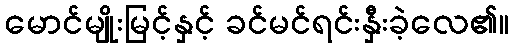
မောင်မျိုးမြင့်နှင့် ခင်မင်ရင်းနှီးခဲ့လေ၏။